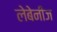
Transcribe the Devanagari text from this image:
लेबेनीज